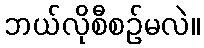
ဘယ်လိုစီစဉ်မလဲ။